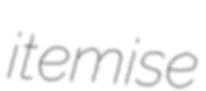
itemise